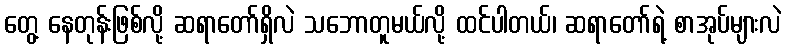
တွေ့ နေတုန်းဖြစ်လို့ ဆရာတော်ရှိလဲ သဘောတူမယ်လို့ ထင်ပါတယ်၊ ဆရာတော်ရဲ့ စာအုပ်များလဲ